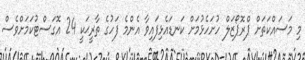
މި މަސައްކަތަށް ޕްރޮޕޯޒަލް ހުށަހެޅުމަށް ކަނޑައެޅިފައިވާ އެންމެ ފަހުގެ ތާރީޙަކީ 24 އޮގަސްޓުކަމަށްވެސް